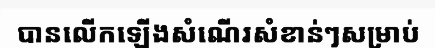
បានលើកឡើងសំណើរសំខាន់ៗសម្រាប់